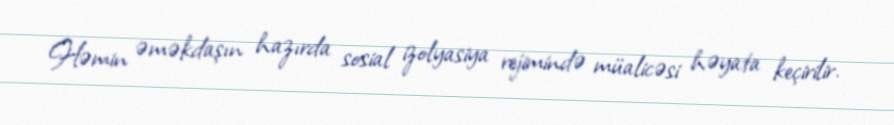
Həmin əməkdaşın hazırda sosial izolyasiya rejimində müalicəsi həyata keçirilir.